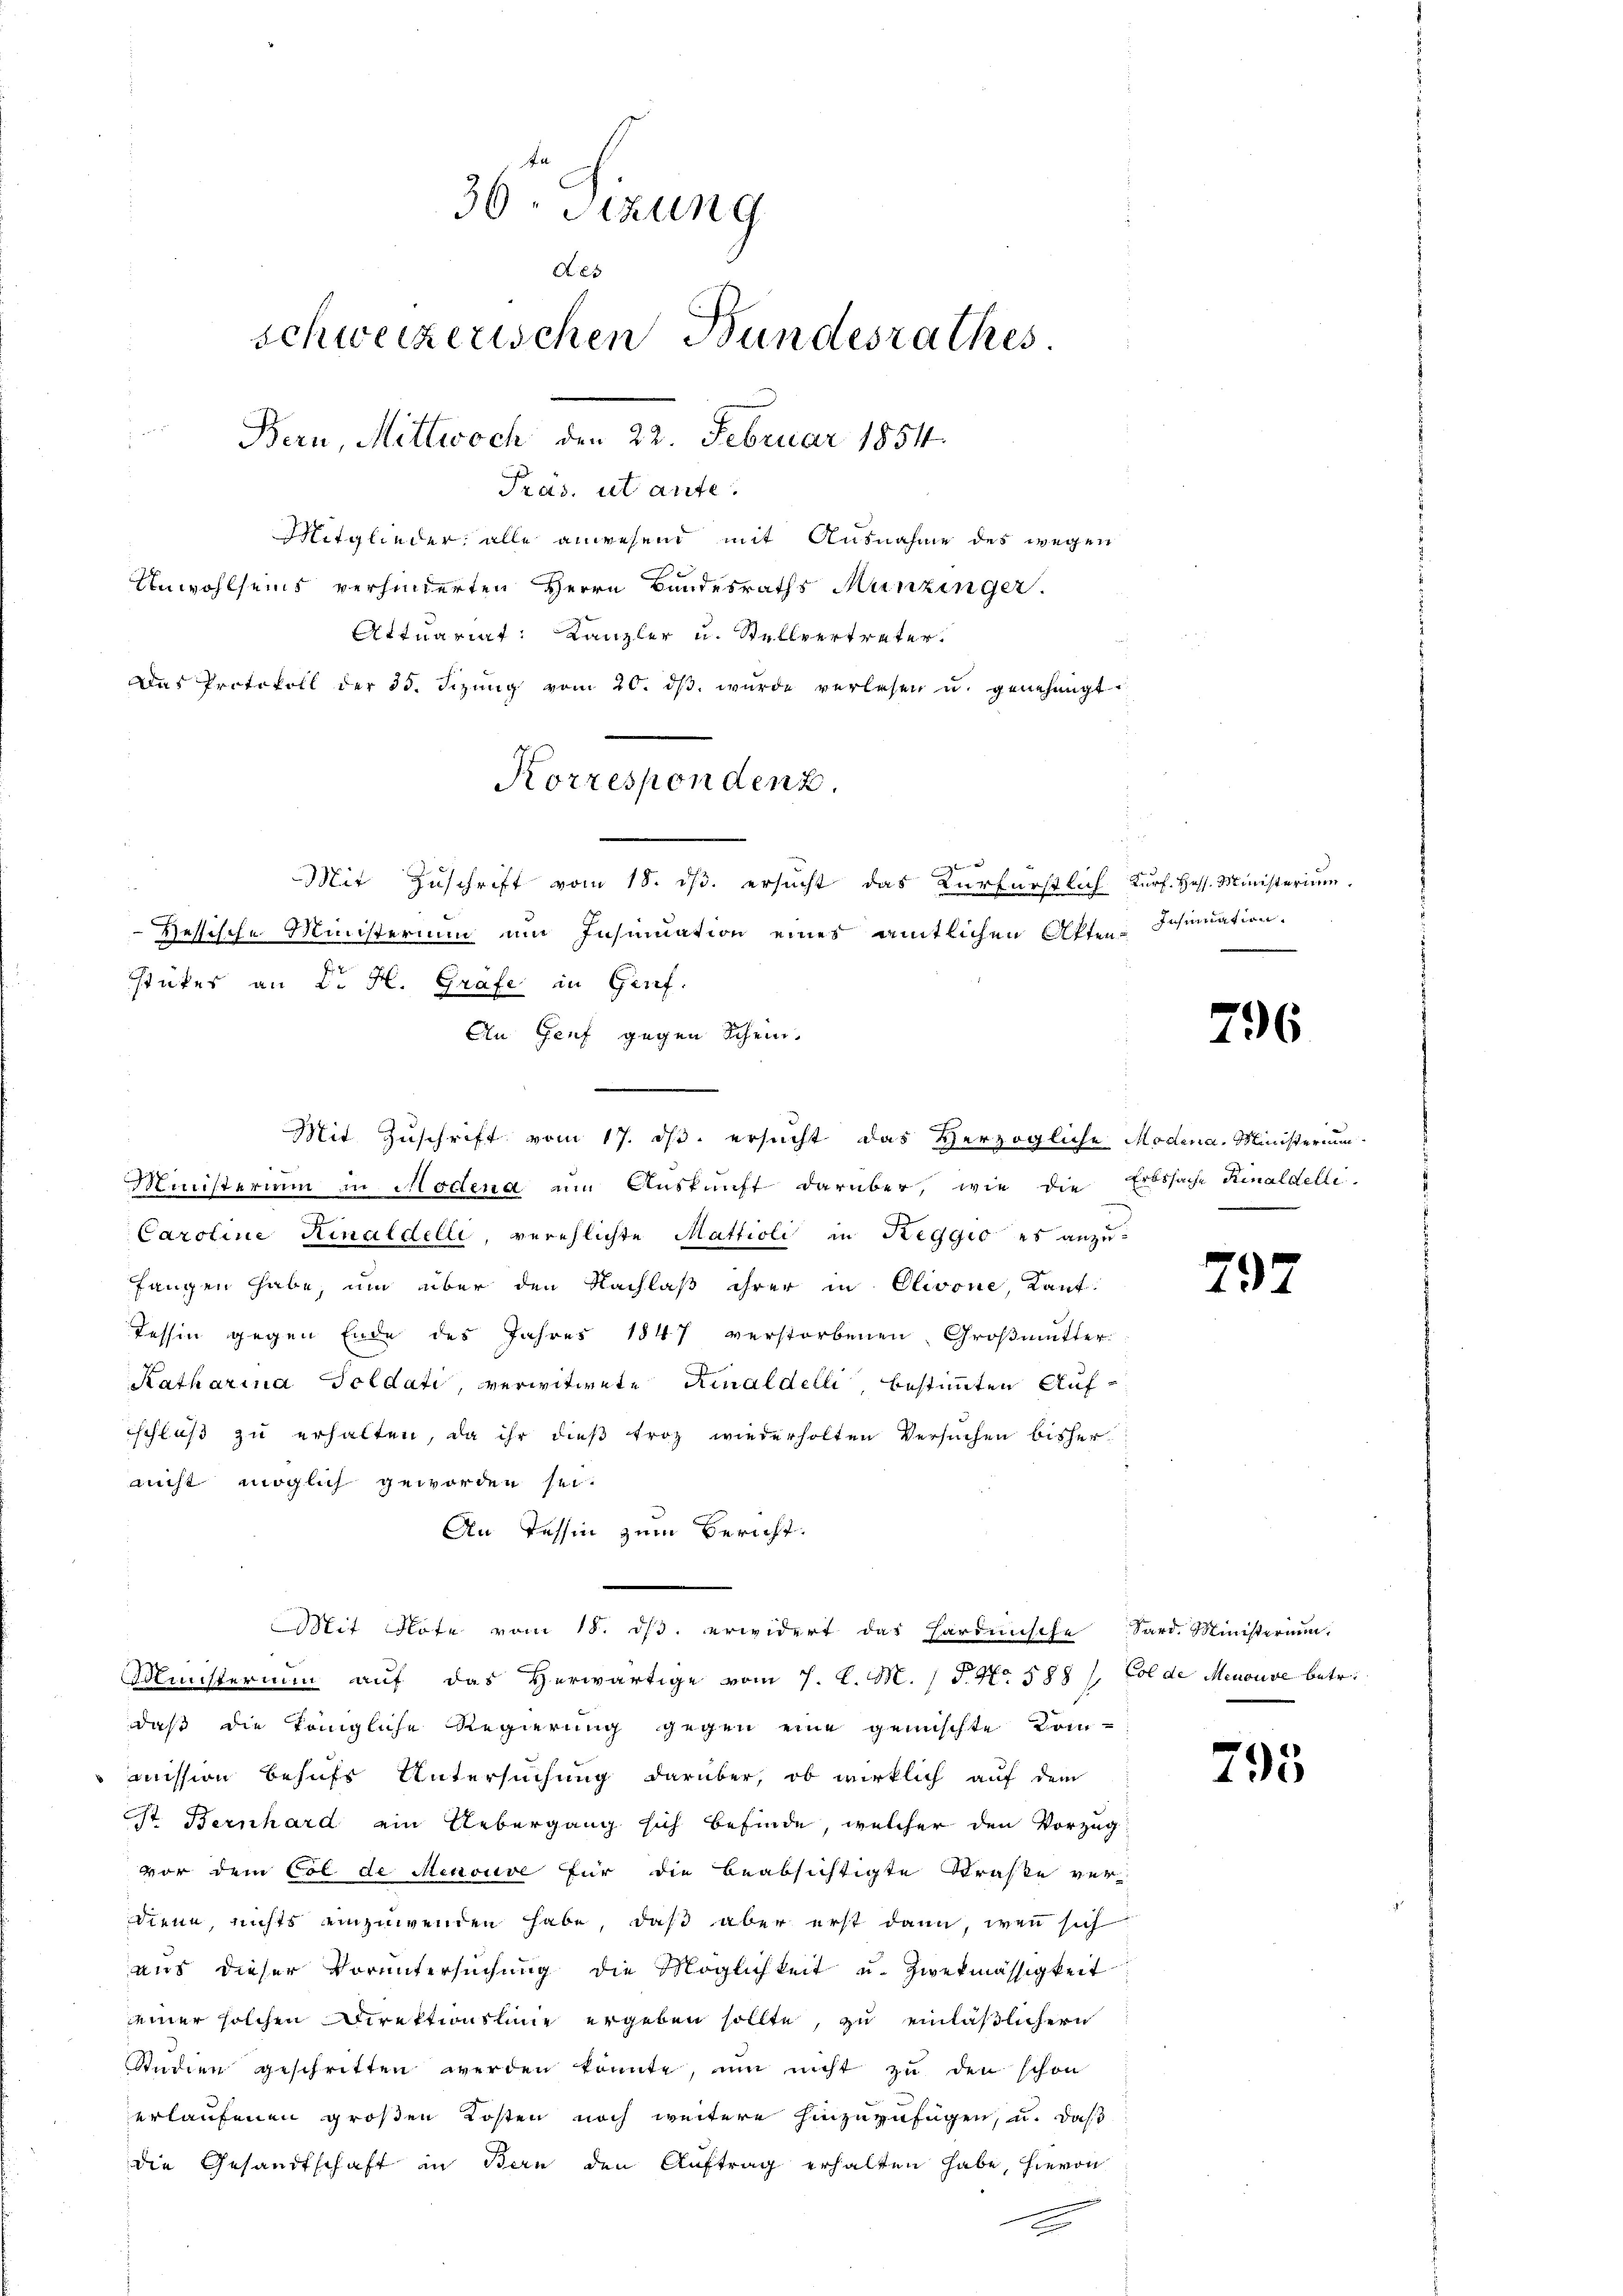
Unwohlseins verhinderten Herrn Bandesraths Munzinger.
Attuariat Kanzler u. Stellvertreter.
Das Protokoll der 35. Sizŭng vom 20. dβ wŭrde verlesen u. genehmigt.
Korrespondenz.

30. Sitzung
Kes
schweizerischen Bundesrathes
Bern, Mittwoch den 22. Februar 1854.
Pras. ut ante.
Mitglieder alle anwesend mit Ausnahme des wegen

2
Mit Zuschrift vom 18. ds. ersucht das Kurfürstlich Kurs. Hess. Ministerium
Hessische Ministerium und Insinuation eines amtlichen Akten Insinuation
stückes an K. H. Grafe in Genf.
An Genf gegen Schein
Mit Zuschrift vom 17. ds. ersucht das Herzogliche Modena, Ministerium

Ministerium in Modena um Auskunft darüber, wie die
Caroline Rinaldelle, verehlichte Mattioli in Reggio es anzu
fangen habe, um über den Nachlaß ihrer in Olivone, Kant
Tessin gegen Ende des Jahres 1847 verstorbenen Großmutter
Katharina Soldati, verwitwete Rinaldelli, bestimmten Aufschluβ zŭ erhalten, da ihr dieβ troz wiederholten Versuchen bisher
nicht möglich geworden sei.
An Tessin zum Bericht.
Mit Flöte vom 18. ds. erwidert das Hardische
Minsterium auf das Herwärtige vom 7. d. M. / 5. No. 588 /. Golde Menouve betr.
daß die Königliche Regierung gegen eine gemischte Kom-
mmission behufs Untersuchung darüber, ob wirklich auf dem
st Bernhard ein Uebergang sich befinde, welcher den Vorzug
vor dem Col de Menouve für die beabsichtigte Straße ver-
diene, nichts einzuwenden habe, daß aber erst dann, wenn sich
aus dieser Voruntersŭchŭng die Möglichkeit u. Zwekmässigkeit
seiner solchen Direktionslinie ergeben sollte, zu einläßlichern
Studien geschritten werden könnte, um nicht zu den schon
erlaufenen großen Kosten noch weitere hinzuzufügen, u. daß
die Gesandtschaft in Bern den Auftrag erhalten habe, hievon

796

Erbssache Rinaldelle.
.

797

Sard. Ministerium.

795